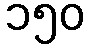
၁၅၀